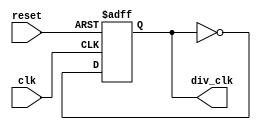
//
//  UHSDR - Universal Ham Software Defined Radio
//
//  Author DF8OE, modified by DB4PLE
//
//  Implements the I2S clock generation to drive I2S slaves 
//
//  FPGA code.
//
// This program is free software: you can redistribute it and/or modify
// it under the terms of the GNU General Public License as published by
// the Free Software Foundation, either version 3 of the License, or
// (at your option) any later version.
//
// This program is distributed in the hope that it will be useful,
// but WITHOUT ANY WARRANTY; without even the implied warranty of
// MERCHANTABILITY or FITNESS FOR A PARTICULAR PURPOSE.  See the
// GNU General Public License for more details.
//
// You should have received a copy of the GNU General Public License
// along with this program.  If not, see <https://www.gnu.org/licenses/>.


/**
 * A clock by two divider which acts on positive clock and has a clocked ~reset
 *
 */

module div2_posedge(
	input reset,
	input clk,
	output reg div_clk);

always @(posedge clk or negedge reset) 
begin 
	if (~reset)
		div_clk <= 1'd1;
	else
		div_clk <= ~div_clk;
end
	
	
endmodule